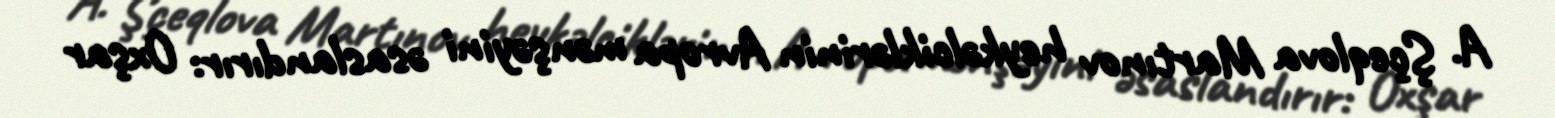
A. Şçeqlova Martınov heykəlciklərinin Avropa mənşəyini əsaslandırır: Oxşar